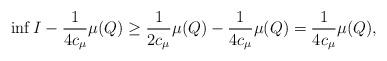
LaTeX: \begin{align*}\inf I-\frac{1}{4c_\mu} {\mu(Q)}\geq \frac{1}{2c_\mu} {\mu(Q)}-\frac{1}{4c_\mu} {\mu(Q)}=\frac{1}{4c_\mu} {\mu(Q)},\end{align*}